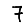
Digit: 7